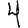
Digit: 4